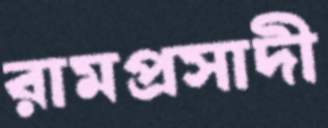
রামপ্রসাদী